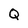
Character: Q